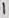
Text: 1